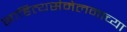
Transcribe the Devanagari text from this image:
साहित्यसंमेलनाच्या